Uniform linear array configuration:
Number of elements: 4
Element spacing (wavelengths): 1
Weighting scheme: cosine
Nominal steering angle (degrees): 0
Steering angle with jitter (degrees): -0.2522
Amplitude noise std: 0.05
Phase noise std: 0.05

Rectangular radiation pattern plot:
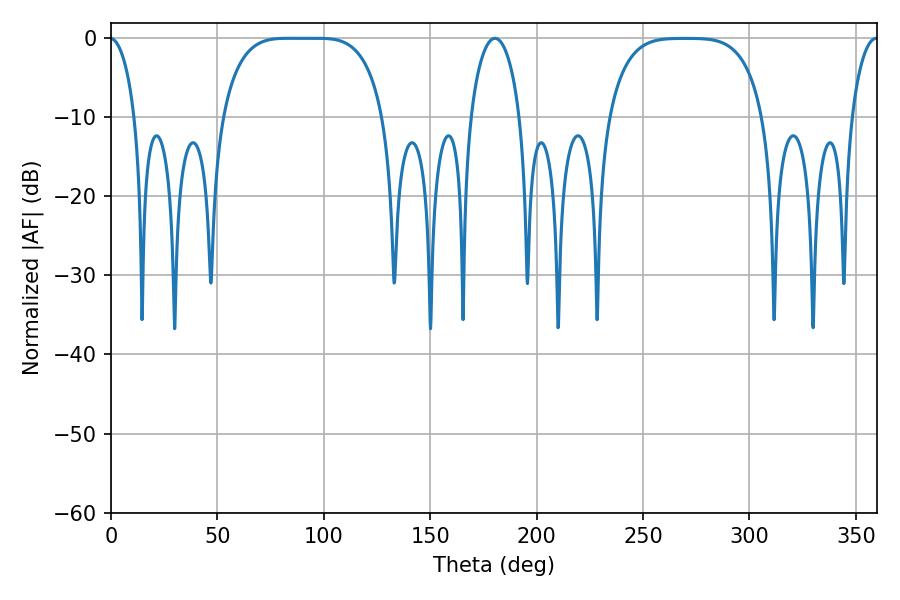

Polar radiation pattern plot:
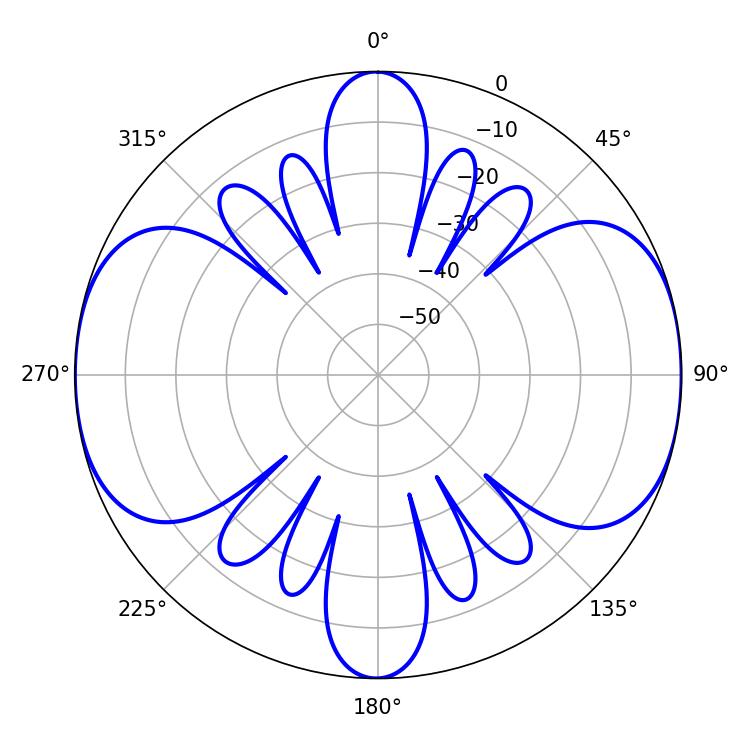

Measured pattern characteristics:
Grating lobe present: TRUE
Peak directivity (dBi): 15.29
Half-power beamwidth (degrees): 57.6
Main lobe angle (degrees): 82.98